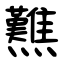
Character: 㸐